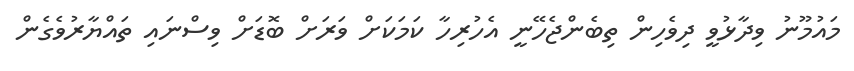
މައުމޫނު ވިދާޅުވީ ދިވެހިން ތިބެންޖެހޭނީ އެހުރިހާ ކަމަކަށް ވަރަށް ބޮޑަށް ވިސްނައި ތައްޔާރުވެގެން